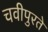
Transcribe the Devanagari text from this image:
चवीपुरते